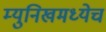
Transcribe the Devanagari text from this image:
म्युनिखमध्येच